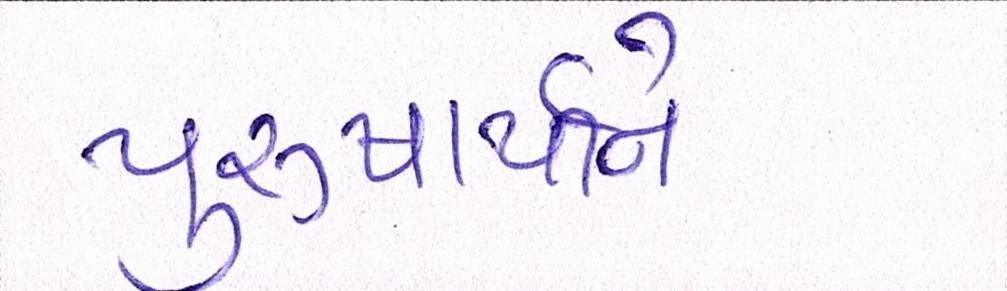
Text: પુરુષાર્થીને